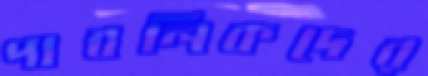
পাবলিকদের